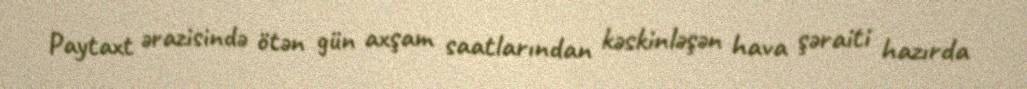
Paytaxt ərazisində ötən gün axşam saatlarından kəskinləşən hava şəraiti hazırda